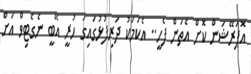
އޮޕަރޭޝަން ކޮށް އެތަން ފެހީ.. އެކަމަކު ދަރިފުޅުގައިގަ ހުރީ އޭބީ ނެގެޓިވް އަށް